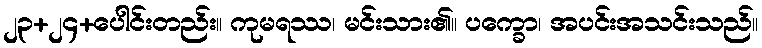
၂၃+၂၄+ပေါင်းတည်း။ ကုမရဿ၊ မင်းသား၏။ ပက္ခော၊ အပင်းအသင်းသည်။